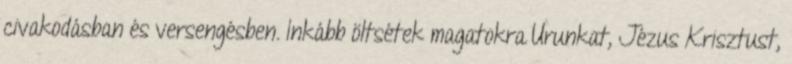
civakodásban és versengésben. Inkább öltsétek magatokra Urunkat, Jézus Krisztust,